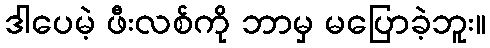
ဒါပေမဲ့ ဖီးလစ်ကို ဘာမှ မပြောခဲ့ဘူး။